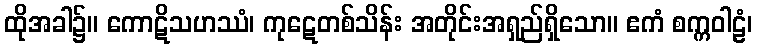
ထိုအခါ၌။ ကောဋိသဟဿံ၊ ကုဋေတစ်သိန်း အတိုင်းအရှည်ရှိသော။ ဧကံ စက္ကဝါဠံ၊